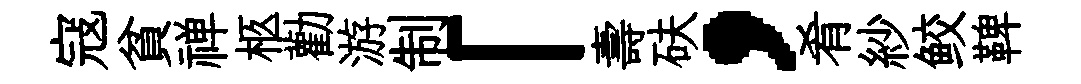
寇貧禅柩勸游制「壽砆，肴紗鲛鞞